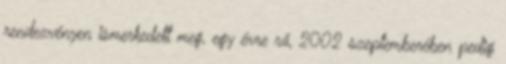
rendezvényen ismerkedett meg, egy évre rá, 2002 szeptemberében pedig